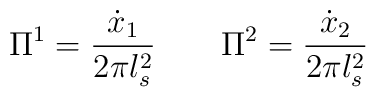
\Pi^1 = \frac{\dot{x}_1}{2 \pi l_s^2} \qquad \Pi^2 = \frac{\dot{x}_2}{2 \pi l_s^2}